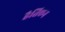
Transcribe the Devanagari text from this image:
हैतिएन